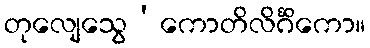
တုလျေသွေ’ကောတိလိင်္ဂိကော။